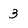
Character: 3